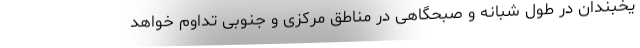
یخبندان در طول شبانه و صبحگاهی در مناطق مرکزی و جنوبی تداوم خواهد